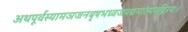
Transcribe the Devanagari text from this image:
अथपूर्वस्यामञजनबृषभध्वजपद्ममाल्यवद्गिरयः।